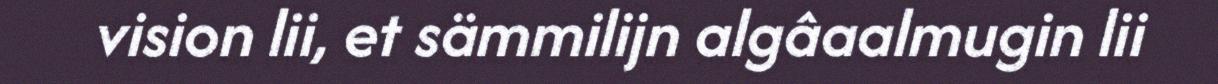
vision lii, et sämmilijn algâaalmugin lii